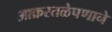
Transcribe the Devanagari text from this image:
आक्रस्तळेपणाने